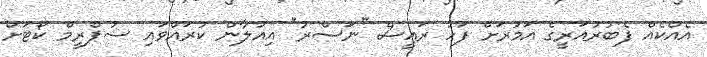
އެއްކެއް ފެބުރުއަރީގެ އަމުރަށް ފަހު ރައީސް "ނަސްރު" އިއުލާން ކުރައްވައި ސުޕްރީމް ކޯޓަށް